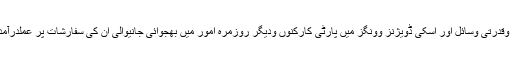
وزارت پٹرولیم وقدرتی وسائل اور اسکی ڈویژنز وونگز میں پارٹی کارکنوں ودیگر روزمرہ امور میں بھجوائی جانیوالی ان کی سفارشات پر عملدرآمد نہ کیاجاتا تھا۔